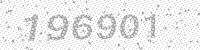
Solution: 196901